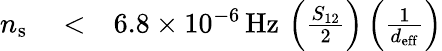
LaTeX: \begin{array}{rlr}{n_{\mathrm{s}}}&{{}<}&{6.8\times 10^{-6}\, \mathrm{Hz}\, \left(\frac{S_{12}}{2}\right)\left(\frac{1}{d_{\mathrm{eff}}}\right)}\end{array}